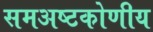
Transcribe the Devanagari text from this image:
समअष्टकोणीय